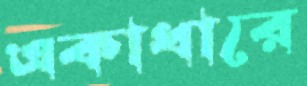
একাধারে